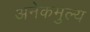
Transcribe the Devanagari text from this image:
अनेकमुल्य